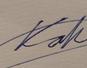
Signature authenticity: genuine